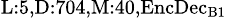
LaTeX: _{\textrm{L}:5,\textrm{D}:704,\textrm{M}:40,\textrm{EncDec}_{\textrm{B}1}}